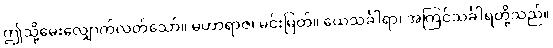
ဤသို့မေးလျှောက်လတ်သော်။ မဟာရာဇ၊ မင်းမြတ်။ ယေသင်္ခါရာ၊ အကြင်သင်္ခါရတို့သည်။